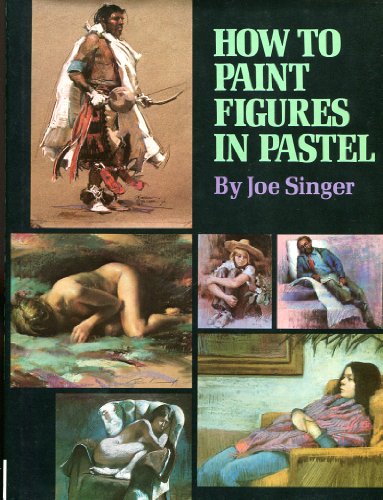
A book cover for How to Paint Figures in Pastel; Joe Singer; Arts & Photography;